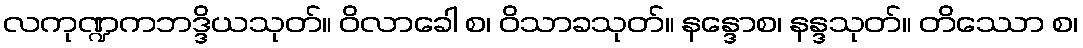
လကုဏ္ဍကဘဒ္ဒိယသုတ်။ ဝိလာခေါ စ၊ ဝိသာခသုတ်။ နန္ဒောစ၊ နန္ဒသုတ်။ တိဿော စ၊